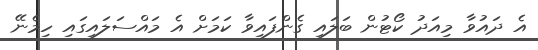
އެ ދައުވާ މިއަދު ކޯޓުން ބަލައި ގެންފައިވާ ކަމަށް އެ މައްސަލައިގައި ހިމެނޭ